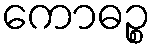
ကောဓဉ္စ